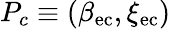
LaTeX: P_{c}\equiv(\beta_{\mathrm{{ec}}},\xi_{\mathrm{{ec}}})